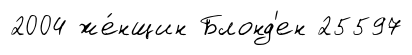
2004 же́нщин Блонд'ен 25597